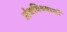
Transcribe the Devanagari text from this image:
अंधविश्र्वासों